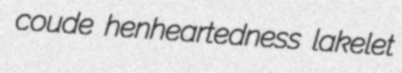
coude henheartedness lakelet